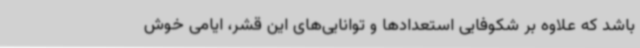
باشد که علاوه بر شکوفایی استعدادها و توانایی‌های این قشر، ایامی خوش